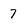
Character: 7